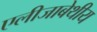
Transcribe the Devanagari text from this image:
एलीजाबेथीय